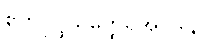
ဧကပုပ္ဖိယတ္ထေရအပဒါန။